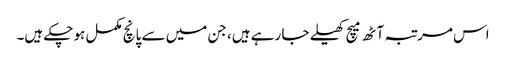
اس مرتبہ آٹھ میچ کھیلے جا رہے ہیں، جن میں سے پانچ مکمل ہو چکے ہیں۔